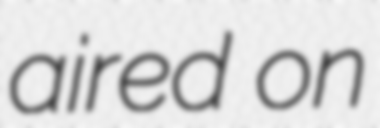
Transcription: aired on